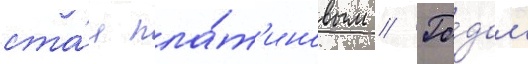
ста́л пла́т'иновым // Го́дом